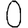
Digit: 0